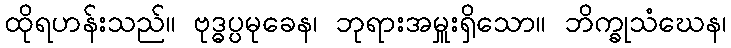
ထိုရဟန်းသည်။ ဗုဒ္ဓပ္ပမုခေန၊ ဘုရားအမှူးရှိသော။ ဘိက္ခုသံဃေန၊